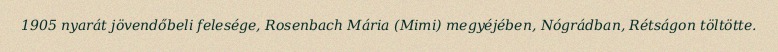
1905 nyarát jövendőbeli felesége, Rosenbach Mária (Mimi) megyéjében, Nógrádban, Rétságon töltötte.